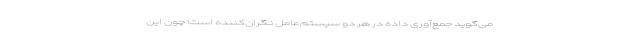
می‌گوید جمع‌آوری داده در هر دو سیستم‌عامل نگران‌کننده است؛ چون این